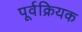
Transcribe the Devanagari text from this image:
पूर्वक्रियक